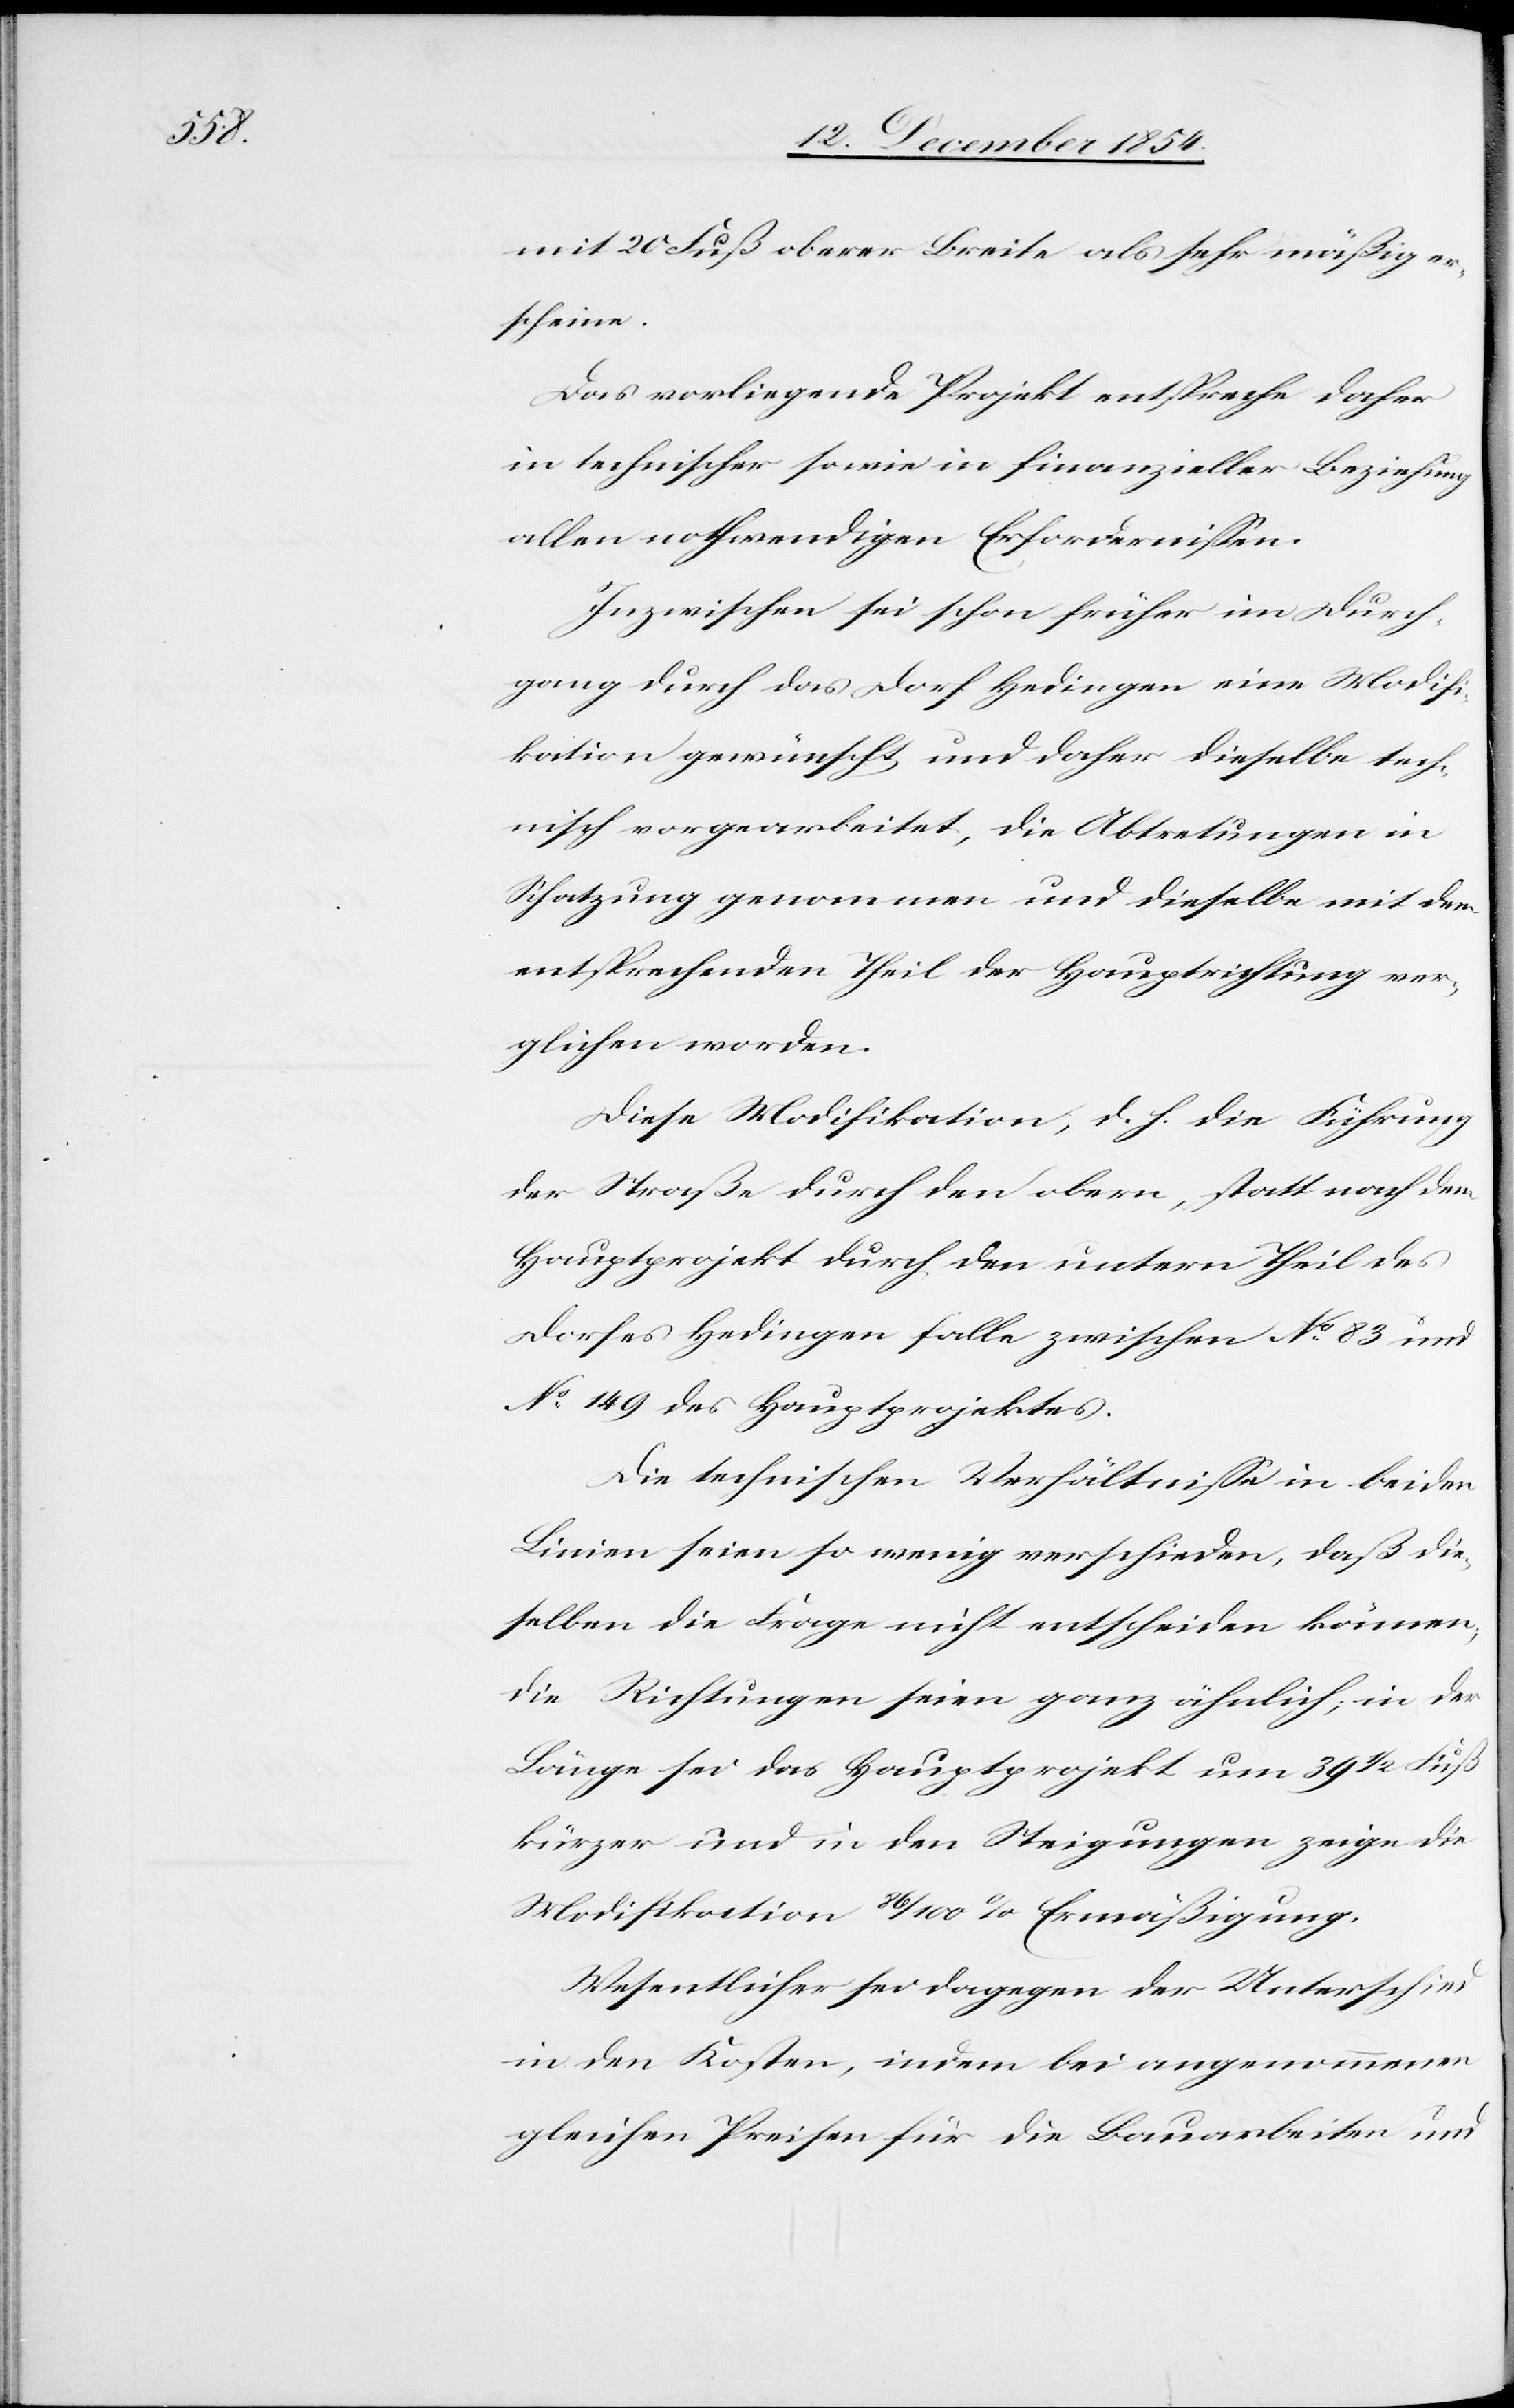
mit 20 Fuß oberer Breite als sehr mäßig er¬
scheine.
Das vorliegende Projekt entspreche daher
in technischer sowie in finanzieller Beziehung
allen nothwendigen Erfordernißen.
Inzwischen sei schon früher im Durch¬
gang durch das Dorf Hedingen eine Modif¬
ikation gewünscht und daher dieselbe tech¬
nisch vorgearbeitet, die Abtretungen in
Schatzung genommen und dieselbe mit dem
entsprechenden Theil der Hauptrichtung ver¬
glichen worden.
Diese Modifikation, d. h. die Führung
der Straße durch den obern, statt nach dem
Hauptprojekt durch den untern Theil des
Dorfes Hedingen falle zwischen No 83 und
No 149 des Hauptprojektes.
Die technischen Verhältniße in beiden
Linien seien so wenig verschieden, daß die¬
selben die Frage nicht entscheiden können,
die Richtungen seien ganz ähnlich; in der
Länge sei das Hauptprojekt um 39 1/2 Fuß
kürzer und in den Steigungen zeige die
Modifikation 86/100% Ermäßigung.
Wesentlicher sei dagegen der Unterschied
in den Kosten, indem bei angenommenen
gleichen Preisen für die Bauarbeiten und